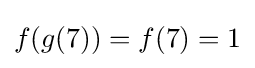
f(g(7))=f(7)=1